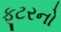
ફૂટરનો